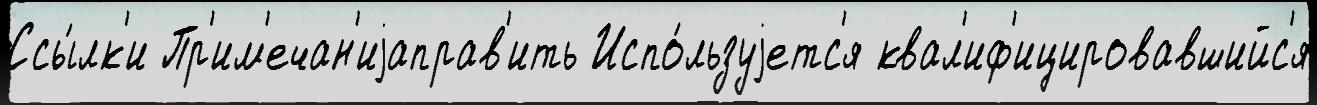
Ссы́лк'и Пр'им'ечан'иjаправ'ить Испо́льзуjетс'я квал'иф'ицировавшийс'я